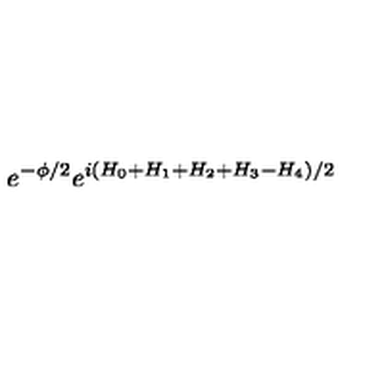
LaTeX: e ^ { - \phi / 2 } e ^ { i ( H _ { 0 } + H _ { 1 } + H _ { 2 } + H _ { 3 } - H _ { 4 } ) / 2 }